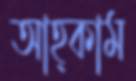
আহ্কাম